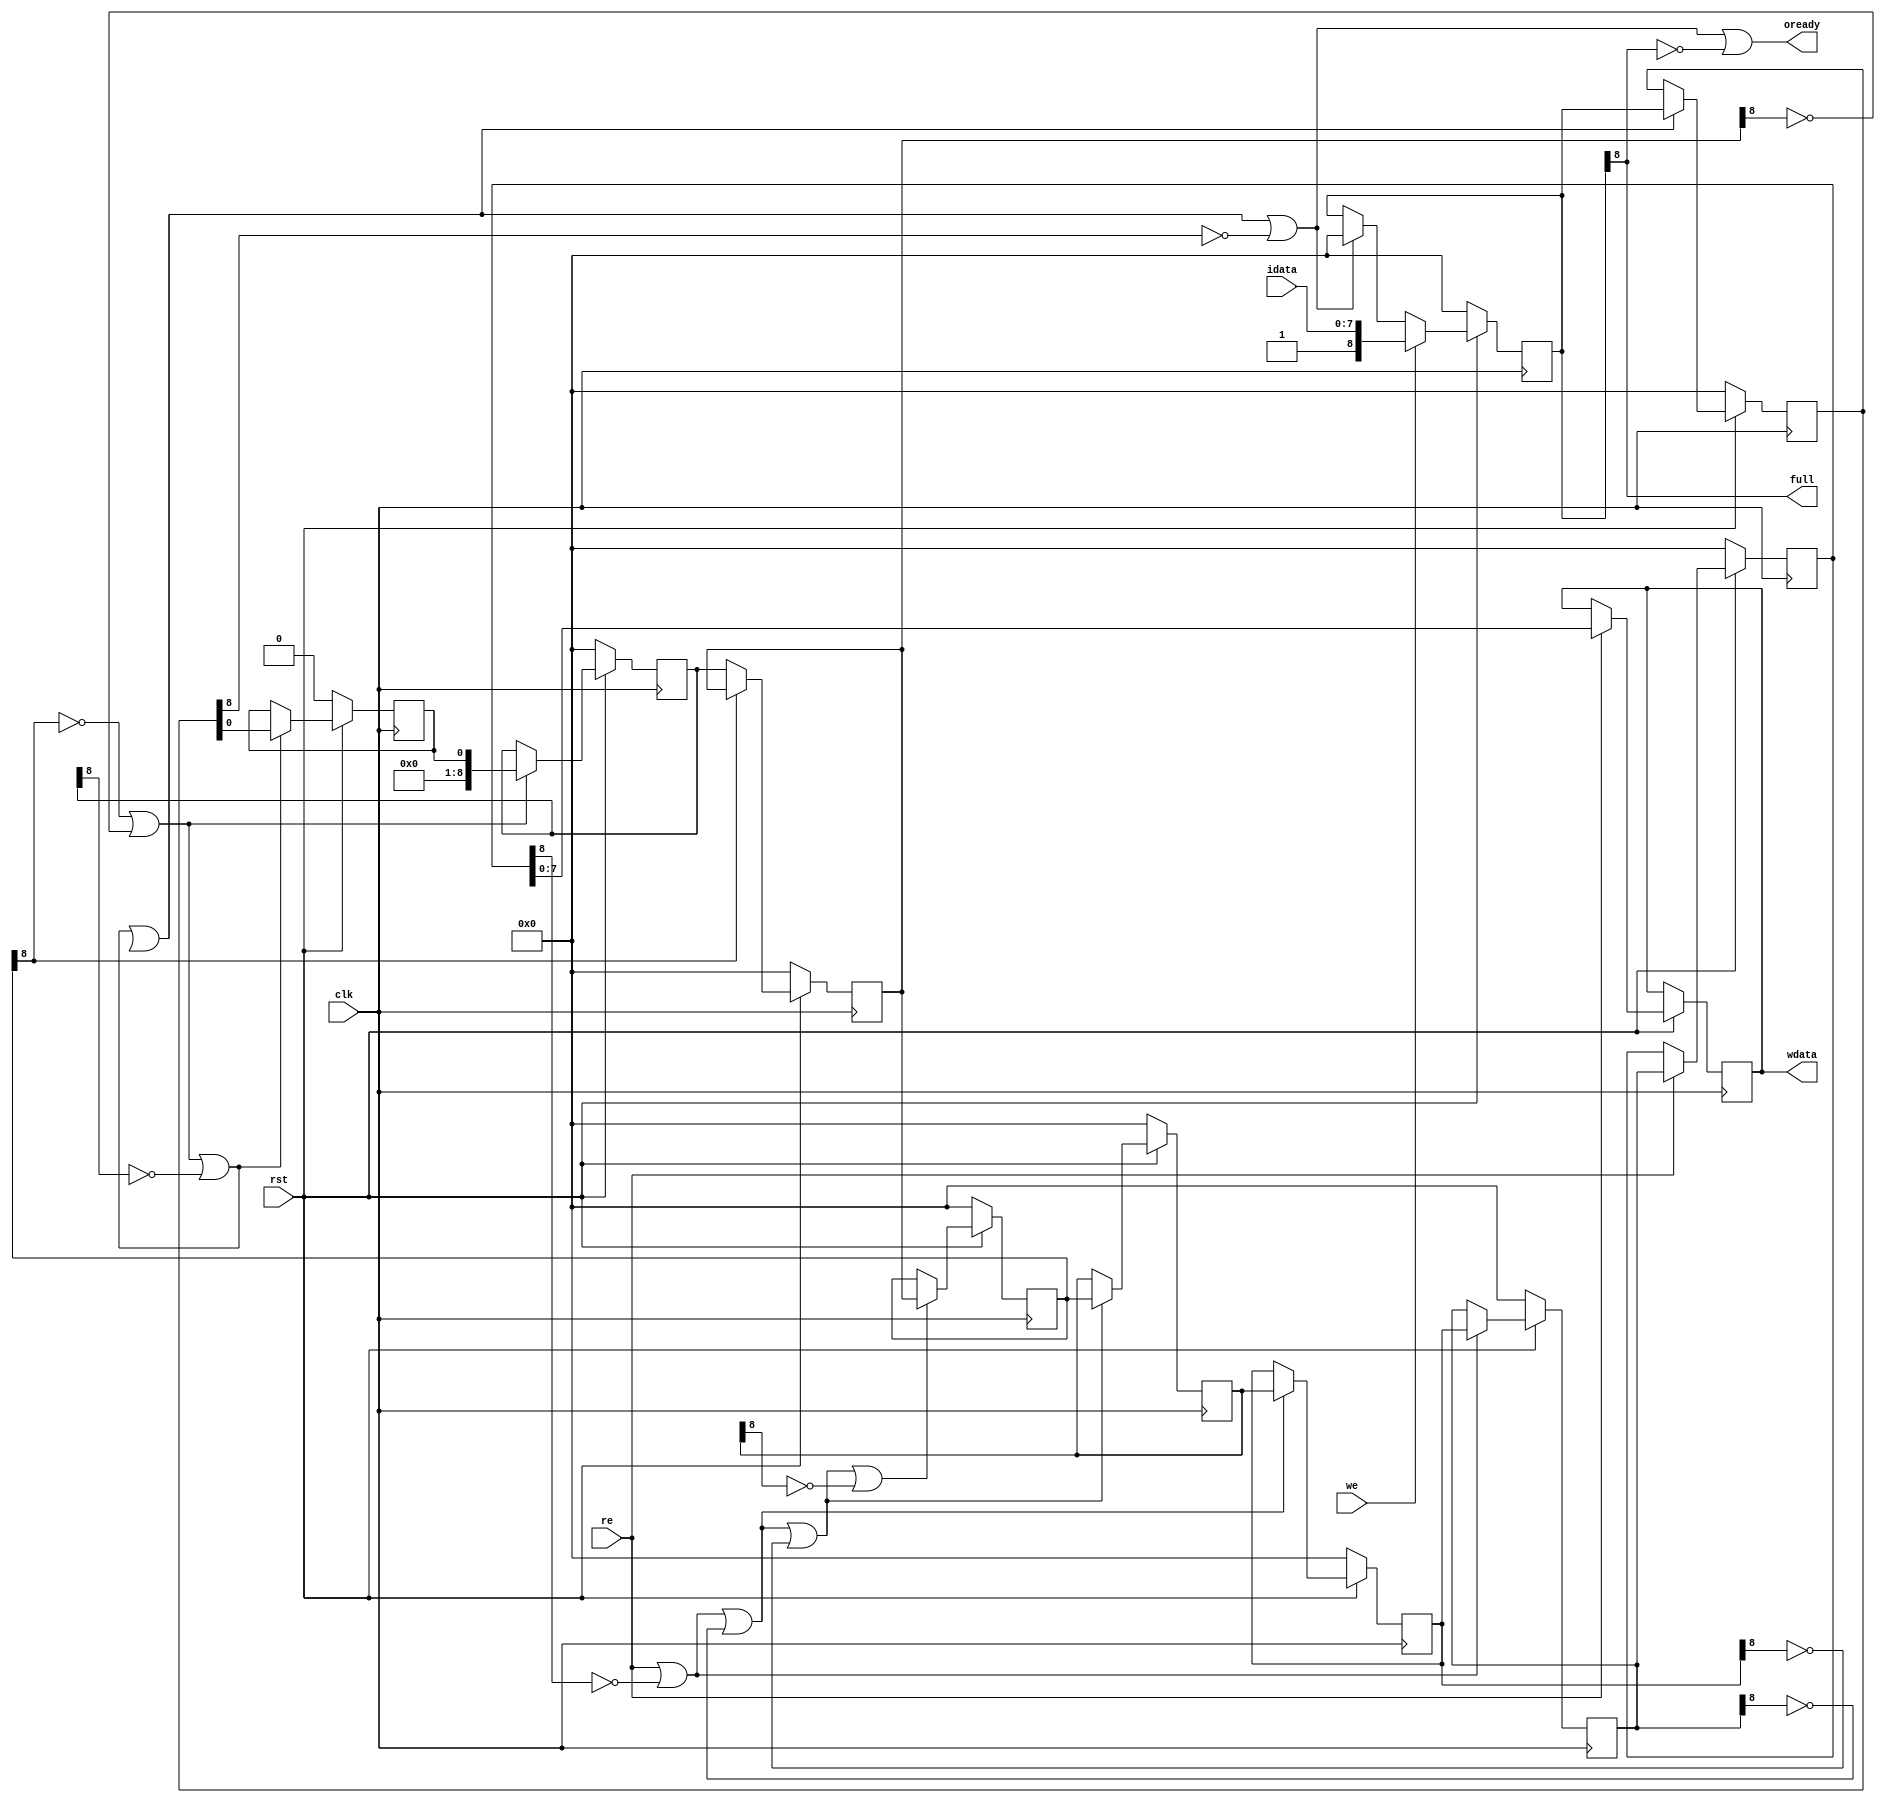
module delayqueue(input clk,
                  input            rst,
                  
                  input            we,
                  input [7:0]      idata,

                  input            re,
                  output reg [7:0] wdata,

                  output           oready,
                  output           full);
   
   reg [8:0]                   q1,q2,q2,q4,q5,q6,q7,q8,q9,q10;
   wire [8:0]                  q1n,q2n,q3n,q4n,q5n,q6n,q7n,q8n,q9n,q10n;
   wire                        q1m,q2m,q3m,q4m,q5m,q6m,q7m,q8m,q9m;

   assign full = q1[8];
   assign oready = q1m|!q1[8];
   
   // Moving N if N+1 is empty or moving
   assign q1n = we?{1'b1, idata}:(q1m?0:q1); // up to the user not to write if full

   assign q1m = q2m|!q2[8]; assign q2m = q3m|!q3[8]; assign q3m = q4m|!q4[8];
   assign q4m = q5m|!q5[8]; assign q5m =     !q6[8]; assign q6m = q7m|!q7[8];
   assign q7m = q8m|!q8[8]; assign q8m = q9m|!q9[8]; assign q9m = re|!q10[8];
 
   assign q2n = q2m?q1:q2; assign q3n = q3m?q2:q3;  assign q4n = q4m?q3:q4;
   assign q5n = q5m?q4:q5; assign q6n = q6m?q5:q6;  assign q7n = q7m?q6:q7;
   assign q8n = q8m?q7:q8; assign q9n = q9m?q8:q9;  assign q10n = re?q9:q10;
   
   always @(posedge clk)
     if (!rst) begin
        q1 <=  0; q2 <=  0;  q3 <=  0; q4 <=  0;
        q5 <=  0; q6 <=  0;  q7 <=  0; q8 <=  0;
        q9 <=  0; q10 <=  0;
     end // if (!rst)
     else begin
        q1 <= q1n; q2 <= q2n; q3 <= q3n; q4 <= q4n; q5 <= q5n; q6 <= q6n;
        q7 <= q7n; q8 <= q8n; q9 <= q9n; q10 <= q10n;
        if (re) begin
           wdata <= q10[7:0];
        end
     end
endmodule